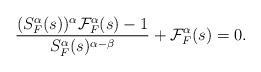
LaTeX: \begin{align*} \frac{(S_{F}^{\alpha}(s))^{ \alpha}\mathcal{F}_{F}^{\alpha}(s)-1 }{S_{F}^{\alpha}(s)^{\alpha-\beta}}+\mathcal{F}_{F}^{\alpha}(s)=0.\end{align*}